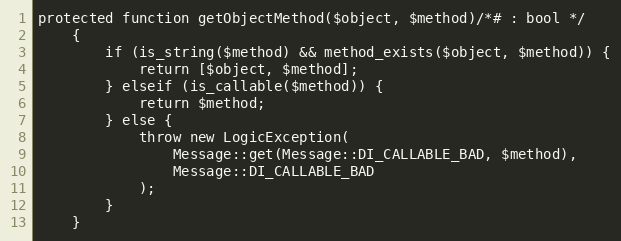
Language: PHP
protected function getObjectMethod($object, $method)/*# : bool */
    {
        if (is_string($method) && method_exists($object, $method)) {
            return [$object, $method];
        } elseif (is_callable($method)) {
            return $method;
        } else {
            throw new LogicException(
                Message::get(Message::DI_CALLABLE_BAD, $method),
                Message::DI_CALLABLE_BAD
            );
        }
    }